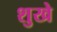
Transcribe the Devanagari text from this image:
शुखे